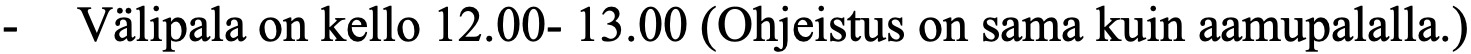
-  Välipala on kello 12.00- 13.00 (Ohjeistus on sama kuin aamupalalla.)